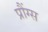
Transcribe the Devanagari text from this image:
प्रौंग्स